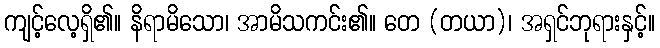
ကျင့်လေ့ရှိ၏။ နိရာမိသော၊ အာမိသကင်း၏။ တေ (တယာ)၊ အရှင်ဘုရားနှင့်။